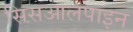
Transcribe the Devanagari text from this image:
सिसआलपाइन